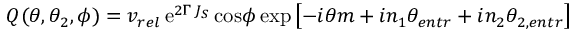
Q ( \theta , \theta _ { 2 } , \phi ) = v _ { r e l } \, \mathrm { e } ^ { 2 \Gamma \, J _ { S } } \, \mathrm { c o s } \phi \, \mathrm { e x p } \left[ - i \theta m + i n _ { 1 } \theta _ { e n t r } + i n _ { 2 } \theta _ { 2 , e n t r } \right]